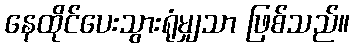
နေထိုင်ပေးသွားရုံမျှသာ ဖြစ်သည်။